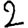
Digit: 2